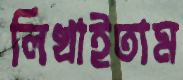
লিখাইতাম